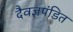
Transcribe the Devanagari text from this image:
दैवज्ञपंडित